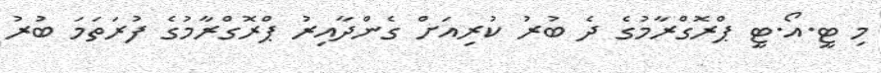
މި ޓީ.އޯ.ޓީ ޕްރޮގްރާމުގެ ދެ ބުރު ކުރިއަށް ގެންދާއިރު ޕްރޮގްރާމުގެ ފުރަތަމަ ބުރު